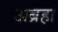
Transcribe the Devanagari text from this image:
अब्रहा